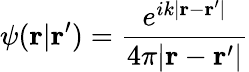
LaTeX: \psi(\mathbf{r}|\mathbf{r}^{\prime})={\frac{e^{ik|\mathbf{r}-\mathbf{r}^{\prime}|}}{4\pi|\mathbf{r}-\mathbf{r}^{\prime}|}}